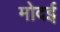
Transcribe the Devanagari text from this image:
मोदई